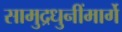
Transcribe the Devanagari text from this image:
सामुद्रधुनींमार्गे